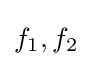
f_{1},f_{2}